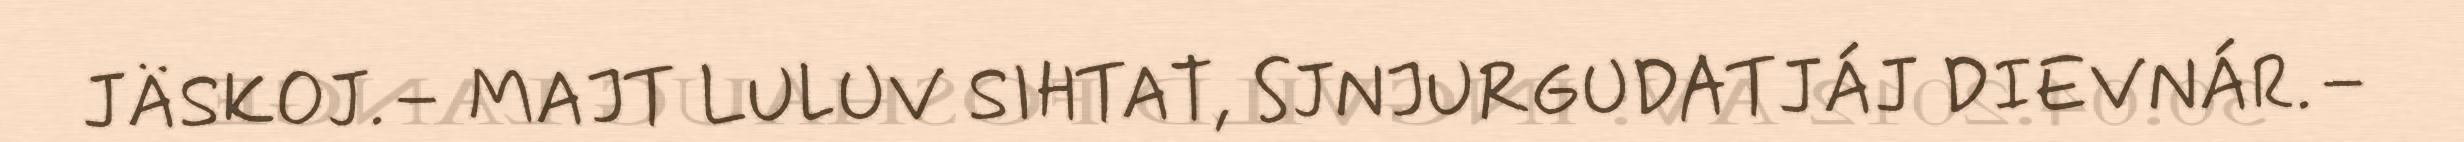
JÄSKOJ.– MAJT LULUV SIHTAT, SJNJURGUDATJÁJ DIEVNÁR.–